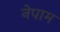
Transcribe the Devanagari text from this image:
नेपाम